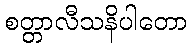
စတ္တာလီသနိပါတော